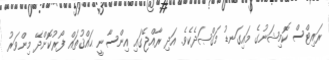
ރައިޓްސް ކޮމިޝަނުގެ މައިގަނޑު މަޤްޞަދެކެވެ. އަދި ރާއްޖޭގައި އިންސާނީ ޙައްޤުތައް ފޯރުކޮށްދޭ މިންވަރު